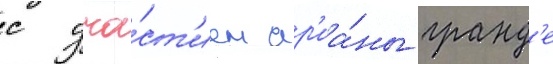
с уча́ст'ием ар'иа́ны гранд'е